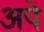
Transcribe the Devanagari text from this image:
अपे